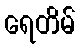
ရေတိမ်